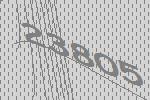
23805